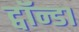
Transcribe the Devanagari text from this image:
ट्वॉन्डा